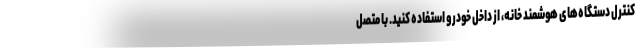
کنترل دستگاه‌های هوشمند خانه، از داخل خودرو استفاده کنید. با متصل